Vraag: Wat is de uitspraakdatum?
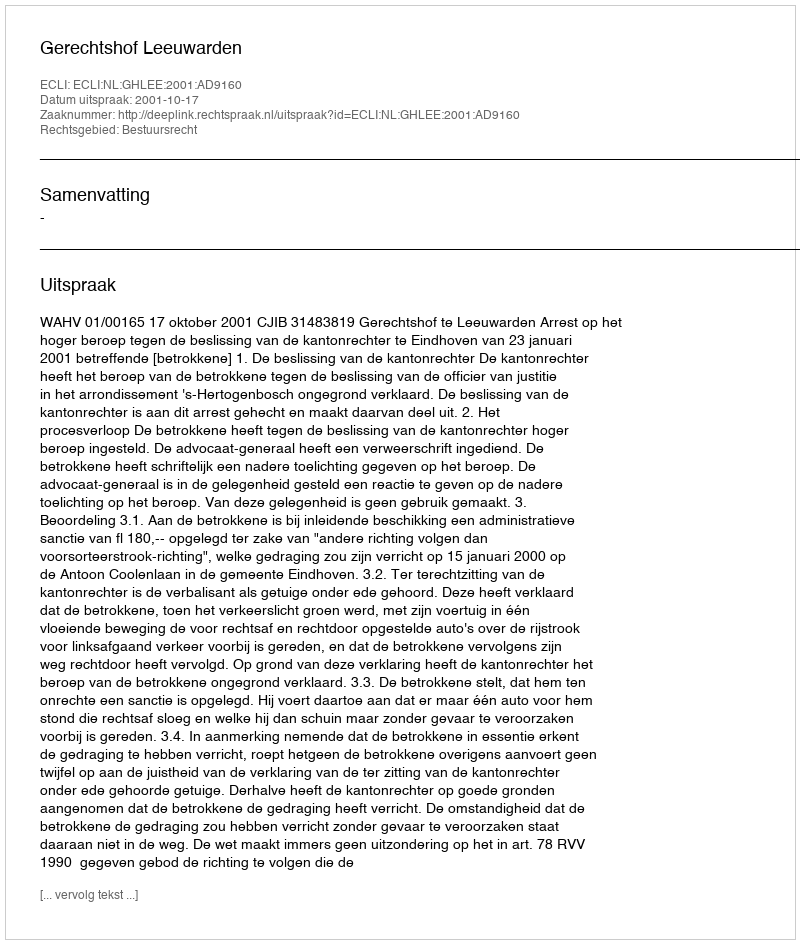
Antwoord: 2001-10-17